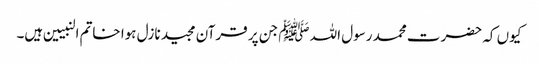
کیوں کہ حضرت محمد رسول اللہ ﷺ جن پر قرآن مجید نازل ہوا خاتم النبیین ہیں۔